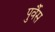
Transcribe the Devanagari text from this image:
पुर्वैस